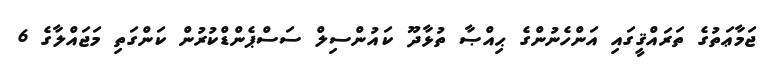
ޖަމާޢަތުގެ ތަރައްޤީގައި އަންހެނުންގެ ޙިއްޞާ ތުޅާދޫ ކައުންސިލް ސަސްޕެންޑްކުރުން ކަންގަތި މަޖައްލާގެ 6